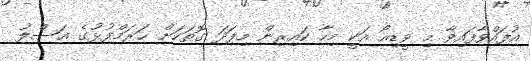
އުފައްވާފައިވާ މި ވީޑިއޯ އަކީ މިހާ ކައިރިން މިފަދަ ގޮތަކަށް ޙަރަމްފުޅުގެ އަސްލު